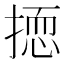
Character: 𱠠